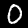
Digit: 0